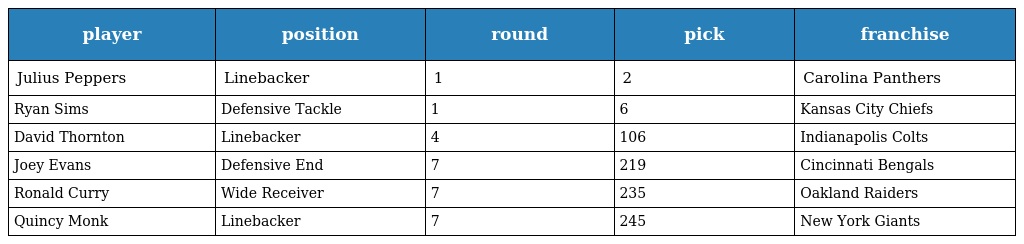
| player | position | round | pick | franchise |
 | --- | --- | --- | --- | --- |
 | Julius Peppers | Linebacker | 1 | 2 | Carolina Panthers |
 | Ryan Sims | Defensive Tackle | 1 | 6 | Kansas City Chiefs |
 | David Thornton | Linebacker | 4 | 106 | Indianapolis Colts |
 | Joey Evans | Defensive End | 7 | 219 | Cincinnati Bengals |
 | Ronald Curry | Wide Receiver | 7 | 235 | Oakland Raiders |
 | Quincy Monk | Linebacker | 7 | 245 | New York Giants |